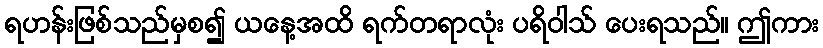
ရဟန်းဖြစ်သည်မှစ၍ ယနေ့အထိ ရက်တရာလုံး ပရိဝါသ် ပေးရသည်။ ဤကား